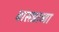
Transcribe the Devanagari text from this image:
बासष्ठाव्या